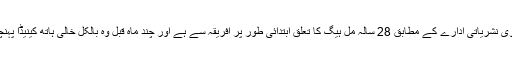
برطانوی نشریاتی ادارے کے مطابق 28 سالہ مل ہیگ کا تعلق ابتدائی طور پر افریقہ سے ہے اور چند ماہ قبل وہ بالکل خالی ہاتھ کینیڈا پہنچا تھا ۔